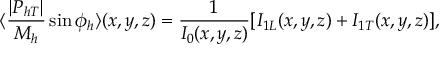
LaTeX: \langle \frac { \vert P _ { h T } \vert } { M _ { h } } \sin \phi _ { h } \rangle ( x , y , z ) = { \frac { 1 } { I _ { 0 } ( x , y , z ) } } [ I _ { 1 L } ( x , y , z ) + I _ { 1 T } ( x , y , z ) ] ,